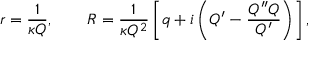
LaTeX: r = \frac { 1 } { \kappa Q } , \qquad R = \frac { 1 } { \kappa Q ^ { 2 } } \left[ q + i \left( Q ^ { \prime } - \frac { Q ^ { \prime \prime } Q } { Q ^ { \prime } } \right) \right] ,